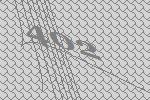
402